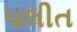
પલીત